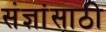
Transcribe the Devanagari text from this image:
संज्ञांसाठी